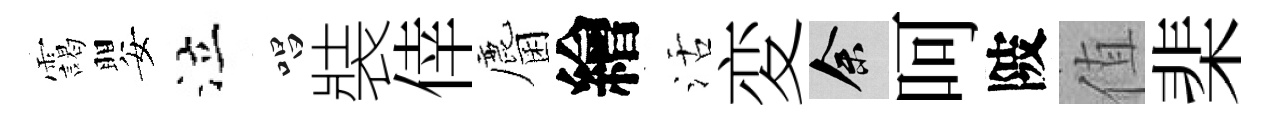
靄嬰泣唱裝倖麕繪活変余呵陂值棐